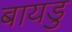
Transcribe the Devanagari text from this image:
बायडु